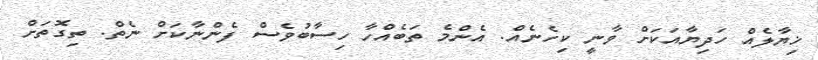
ޚިޔާލެއް ހަދިޔާއަކަށް ވާނީ ކިހެނެއް. އެންމެ ތަބެއްހާ ހިސާބުވެސް ފެންނާކަށް ނެތް. ތިގޮތަށް